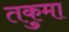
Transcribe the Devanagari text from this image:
तकुमा